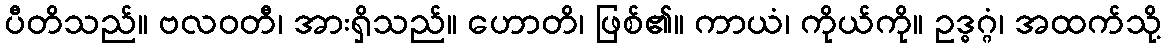
ပီတိသည်။ ဗလဝတီ၊ အားရှိသည်။ ဟောတိ၊ ဖြစ်၏။ ကာယံ၊ ကိုယ်ကို။ ဥဒ္ဓဂ္ဂံ၊ အထက်သို့